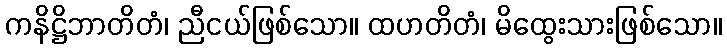
ကနိဋ္ဌိဘာတိတံ၊ ညီငယ်ဖြစ်သော။ ထဟတိတံ၊ မိထွေးသားဖြစ်သော။